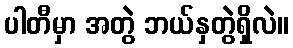
ပါတီမှာ အတွဲ ဘယ်နှတွဲရှိလဲ။